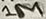
Text: 1M